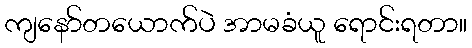
ကျနော်တယောက်ပဲ အာမခံယူ ရောင်းရတာ။